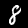
Label: 8